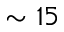
\sim 1 5